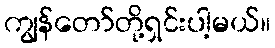
ကျွန်တော်တို့ရှင်းပါ့မယ်။